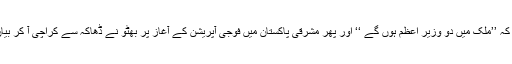
مارچ 1971 ء میں بھٹو نے بھی کہہ دیا تھا کہ ’’ملک میں دو وزیر اعظم ہوں گے ‘‘ اور پھر مشرقی پاکستان میں فوجی آپریشن کے آغاز پر بھٹو نے ڈھاکہ سے کراچی آ کر بیان داغا تھا: ’’ خدا کا شکر ہے پاکستان بچ گیا ۔